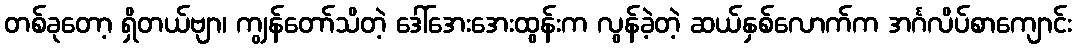
တစ်ခုတော့ ရှိတယ်ဗျာ၊ ကျွန်တော်သိတဲ့ ဒေါ်အေးအေးထွန်းက လွန်ခဲ့တဲ့ ဆယ်နှစ်လောက်က အင်္ဂလိပ်စာကျောင်း